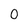
Character: 0